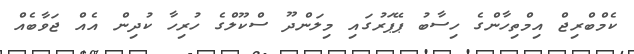
ކެމްބްރިޖް އިމްތިހާންގެ ހިސާބު ޕޭޕަރުގައި މިލަންދޫ ސްކޫލްގެ ހުރިހާ ކުދިން އެއް ޖަވާބެއް